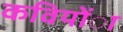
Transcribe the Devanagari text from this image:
कवियोंा